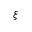
\xi